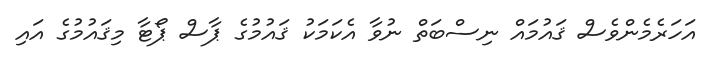
އަހަރެމެންވެސް ޤައުމައް ނިސްބަތް ނުވާ އެކަމަކު ޤައުމުގެ ޕާސް ޕޯޓާ މިޤައުމުގެ އައި